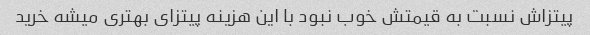
پیتزاش نسبت به قیمتش خوب نبود با این هزینه پیتزای بهتری میشه خرید